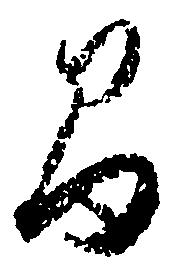
間